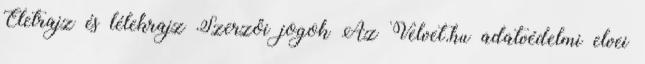
Életrajz és lélekrajz Szerzői jogok Az Velvet.hu adatvédelmi elvei